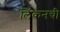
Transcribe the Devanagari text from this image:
लिंकनची